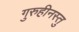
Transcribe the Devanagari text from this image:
गुरुहीनस्तु